Annual report of the Punjab Veterinary College and of the Civil Veterinary Department, Punjab - 1894-1908
Year: 1894
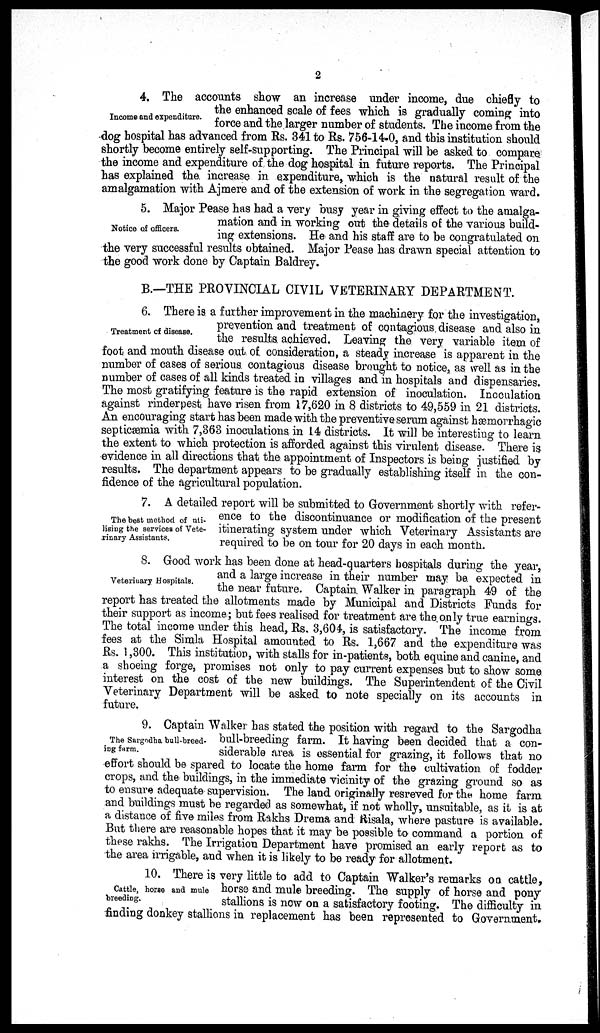
2
Income and expenditure.
4. The accounts show an increase under income, due chiefly to
the enhanced scale of fees which is gradually coming into
force and the larger number of students. The income from the
dog hospital has advanced from Rs. 341 to Rs. 756-14-0, and this institution should
shortly become entirely self-supporting. The Principal will be asked to compare
the income and expenditure of the dog hospital in future reports. The Principal
has explained the increase in expenditure, which is the natural result of the
amalgamation with Ajmere and of the extension of work in the segregation ward.
Notice of officers.
5. Major Pease has had a very busy year in giving effect to the amalga-
mation and in working out the details of the various build-
ing extensions. He and his staff are to be congratulated on
the very successful results obtained. Major Pease has drawn special attention to
the good work done by Captain Baldrey.
B.—THE PROVINCIAL CIVIL VETERINARY DEPARTMENT.
Treatment of disease.
6. There is a further improvement in the machinery for the investigation,
prevention and treatment of contagious disease and also in
the results achieved. Leaving the very variable item of
foot and mouth disease out of. consideration, a steady increase is apparent in the
number of cases of serious contagious disease brought to notice, as well as in the
number of cases of all kinds treated in villages and in hospitals and dispensaries.
The most gratifying feature is the rapid extension of inoculation. Inoculation
against rinderpest have risen from 17,620 in 8 districts to 49,559 in 21 districts.
An encouraging start has been made with the preventive serum against hæmorrhagic
septicæmia with 7,363 inoculations in 14 districts. It will be interesting to learn
the extent to which protection is afforded against this virulent disease. There is
evidence in all directions that the appointment of Inspectors is being justified by
results. The department appears to be gradually establishing itself in the con-
fidence of the agricultural population.
The best method of uti-
lising the services of Vete-
rinary Assistants.
7. A detailed report will be submitted to Government shortly with refer-
ence to the discontinuance or modification of the present
itinerating system under which Veterinary Assistants are
required to be on tour for 20 days in each month.
Veterinary Hospitals.
8. Good work has been done at head-quarters hospitals during the year,
and a large increase in their number may be expected in
the near future. Captain Walker in paragraph 49 of the
report has treated the allotments made by Municipal and Districts Funds for
their support as income; but fees realised for treatment are the only true earnings.
The total income under this head, Rs. 3,604, is satisfactory. The income from
fees at the Simla Hospital amounted to Rs. 1,667 and the expenditure was
Rs. 1,300. This institution, with stalls for in-patients, both equine and canine, and
a shoeing forge, promises not only to pay current expenses but to show some
interest on the cost of the new buildings. The Superintendent of the Civil
Veterinary Department will be asked to note specially on its accounts in
future.
The Sargodha bull-breed-
ing farm.
9. Captain Walker has stated the position with regard to the Sargodha
bull-breeding farm. It having been decided that a con-
siderable area is essential for grazing, it follows that no
effort should be spared to locate the home farm for the cultivation of fodder
crops, and the buildings, in the immediate vicinity of the grazing ground so as
to ensure adequate supervision. The land originally resreved for the home farm
and buildings must be regarded as somewhat, if not wholly, unsuitable, as it is at
a distance of five miles from Rakhs Drema and Risala, where pasture is available.
But there are reasonable hopes that it may be possible to command a portion of
these rakhs. The Irrigation Department have promised an early report as to
the area irrigable, and when it is likely to be ready for allotment.
Cattle, horse and mule
breeding.
10. There is very little to add to Captain Walker's remarks on cattle,
horse and mule breeding. The supply of horse and pony
stallions is now on a satisfactory footing. The difficulty in
finding donkey stallions in replacement has been represented to Government.